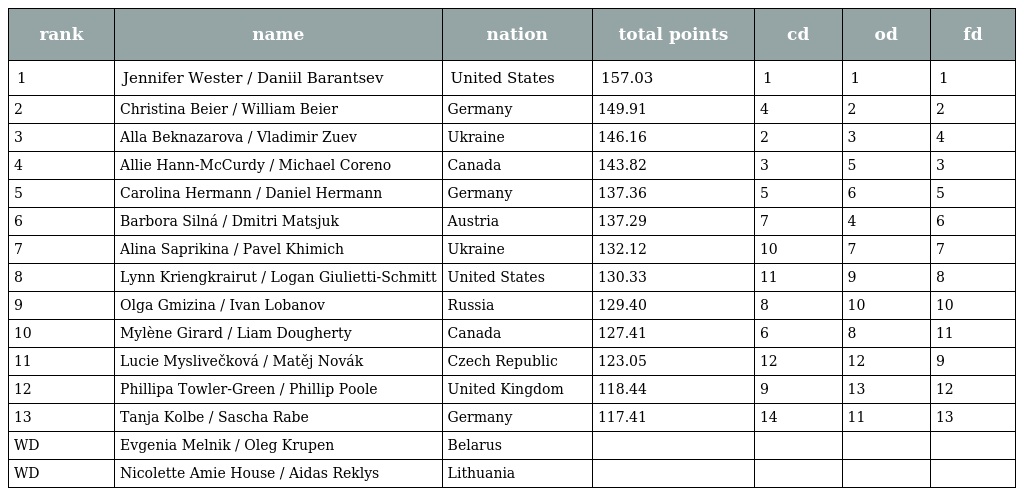
| rank | name | nation | total points | cd | od | fd |
 | --- | --- | --- | --- | --- | --- | --- |
 | 1 | Jennifer Wester / Daniil Barantsev | United States | 157.03 | 1 | 1 | 1 |
 | 2 | Christina Beier / William Beier | Germany | 149.91 | 4 | 2 | 2 |
 | 3 | Alla Beknazarova / Vladimir Zuev | Ukraine | 146.16 | 2 | 3 | 4 |
 | 4 | Allie Hann-McCurdy / Michael Coreno | Canada | 143.82 | 3 | 5 | 3 |
 | 5 | Carolina Hermann / Daniel Hermann | Germany | 137.36 | 5 | 6 | 5 |
 | 6 | Barbora Silná / Dmitri Matsjuk | Austria | 137.29 | 7 | 4 | 6 |
 | 7 | Alina Saprikina / Pavel Khimich | Ukraine | 132.12 | 10 | 7 | 7 |
 | 8 | Lynn Kriengkrairut / Logan Giulietti-Schmitt | United States | 130.33 | 11 | 9 | 8 |
 | 9 | Olga Gmizina / Ivan Lobanov | Russia | 129.40 | 8 | 10 | 10 |
 | 10 | Mylène Girard / Liam Dougherty | Canada | 127.41 | 6 | 8 | 11 |
 | 11 | Lucie Myslivečková / Matěj Novák | Czech Republic | 123.05 | 12 | 12 | 9 |
 | 12 | Phillipa Towler-Green / Phillip Poole | United Kingdom | 118.44 | 9 | 13 | 12 |
 | 13 | Tanja Kolbe / Sascha Rabe | Germany | 117.41 | 14 | 11 | 13 |
 | WD | Evgenia Melnik / Oleg Krupen | Belarus |  |  |  |  |
 | WD | Nicolette Amie House / Aidas Reklys | Lithuania |  |  |  |  |